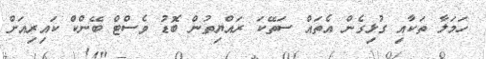
ހަމަލާ ތަކާއި ގުޅިގެން އެތައް ސަތޭކަ ރައްޔިތުން ބޮޑު ވެސްޓް ބޭންކް ކައިރިއަށް